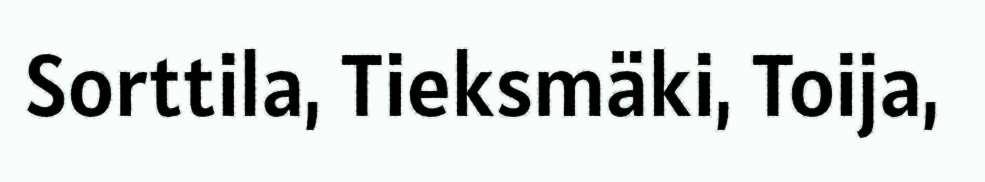
Sorttila, Tieksmäki, Toija,